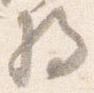
将